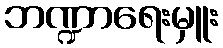
ဘဏ္ဍာရေးမှူး